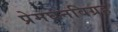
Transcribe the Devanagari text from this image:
प्रेमघनविग्रह